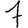
Digit: 7